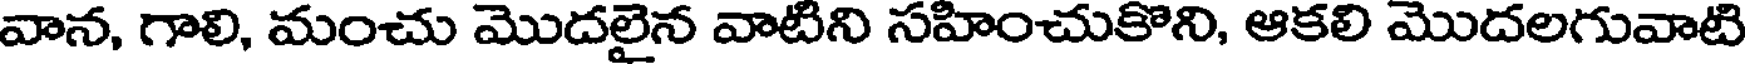
వాన, గాలి, మంచు మొదలైన వాటిని సహించుకొని, ఆకలి మొదలగువాటి